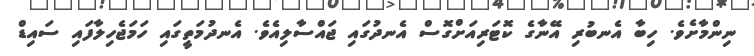
ނިންމާށެވެ. ހިބާ އެނބުރި އޭނާގެ ކޮޓަރިއަށްގޮސް އެނދުގައި ޖައްސާލިއެވެ. އެނދުމަތީގައި ހަމަޖެހިލާފައި ސައިޑް